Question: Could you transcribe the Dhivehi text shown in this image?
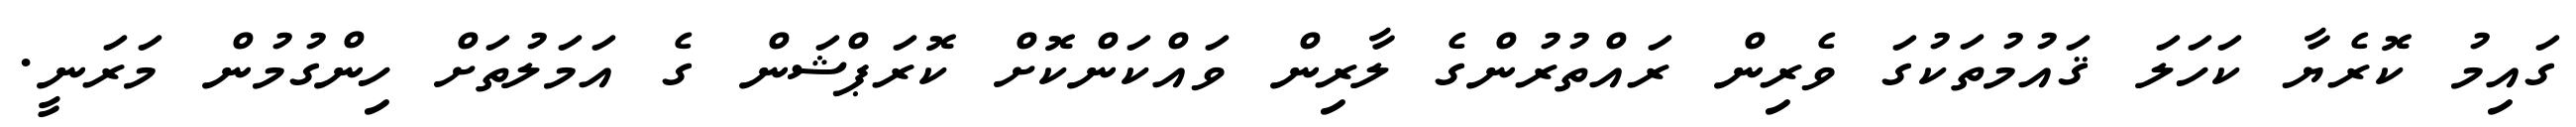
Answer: ގައިމު ކޮރެޔާ ކަހަލަ ޤައުމުތަކުގަ ވެރިން ރައްތުރުންގެ ލާރިން ވައްކަންކޮށް ކޮރަޕްޝަން ގެ އަމަލުތަށް ހިންގުމުން މަރަނީ.